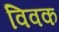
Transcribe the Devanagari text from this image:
विवक